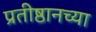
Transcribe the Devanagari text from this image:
प्रतीष्ठानच्या